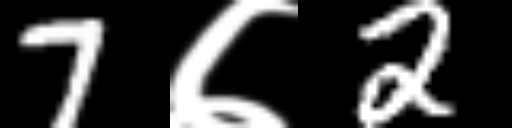
Text: 7७2